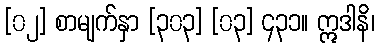
[၀၂] စာမျက်နှာ [၃၀၃] [၀၃] ၄၃၁။ ဣဒါနိ၊